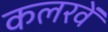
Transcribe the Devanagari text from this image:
कलरवें